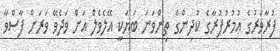
ފުރާވަރުގެ ޢުމުރުފުރާގެ ކުދިންގެ ތިންވަނަ ބަޔަކީ އޭލެވެލް އަށް ވަދެވޭ ވަރަށް ފާސްވާ